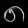
Digit: ၈